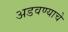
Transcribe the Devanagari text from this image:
अडवण्याचे